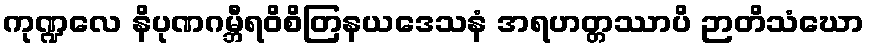
ကုဏ္ဍလေ နိပုဏဂမ္ဘီရဝိစိတြနယဒေသနံ အရဟတ္တဿာပိ ဉာတိသံဃော